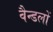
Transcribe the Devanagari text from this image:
वैन्डलों